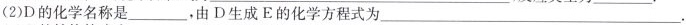
(2)D的化学名称是___，由D生成E的化学方程式为___.